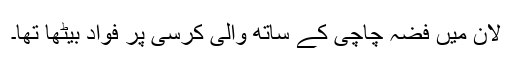
لان میں فضہ چاچی کے ساتھ والی کرسی پر فواد بیٹھا تھا۔